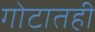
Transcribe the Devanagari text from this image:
गोटातही